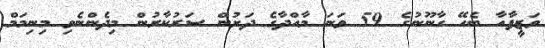
ވަޒީފާއާ ބެހޭ ގާނޫނުގެ 59 ވަނަ މާއްދާގެ ދަށުން ސަރުކާރުން މިދެންނެވި މިނިމަމް